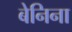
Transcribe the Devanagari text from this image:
बेनिना